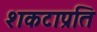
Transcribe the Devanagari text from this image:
शकटाप्रति